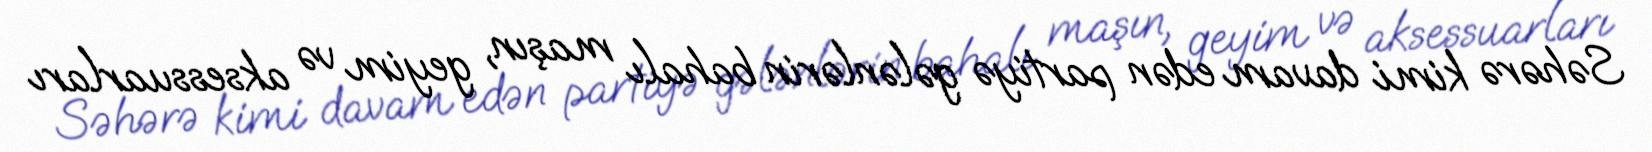
Səhərə kimi davam edən partiyə gələnlərin bahalı maşın, geyim və aksessuarları